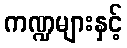
ကဏ္ဍများနှင့်